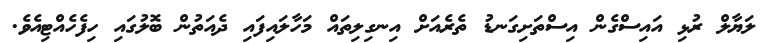
ލަޔާލް ރުޅި އައިސްގެން އިސްތަށިގަނޑު ތެރެއަށް އިނގިލިތައް މަހާލައިފައި ދެއަތުން ބޮލުގައި ހިފެހެއްޓިއެވެ.